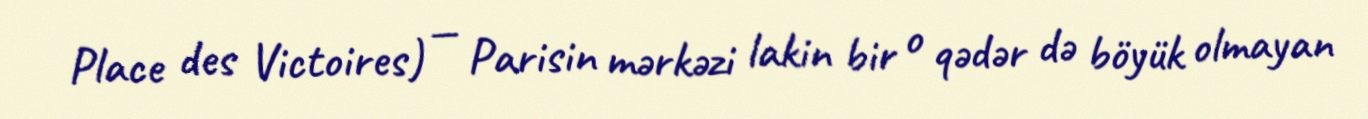
Place des Victoires) — Parisin mərkəzi lakin bir o qədər də böyük olmayan